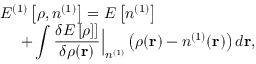
\begin{array} { l } { { \displaystyle { \cal E } ^ { ( 1 ) } \left[ \rho , n ^ { ( 1 ) } \right] = E \left[ n ^ { ( 1 ) } \right] } \ ~ } \\ { { \displaystyle ~ ~ ~ ~ + \int \frac { \delta E \left[ \rho ] \right] } { \delta \rho ( { \bf r } ) } \Big \vert _ { n ^ { ( 1 ) } } \left( \rho ( { \bf r } ) - n ^ { ( 1 ) } ( { \bf r } ) \right) d { \bf r } } , } \end{array}